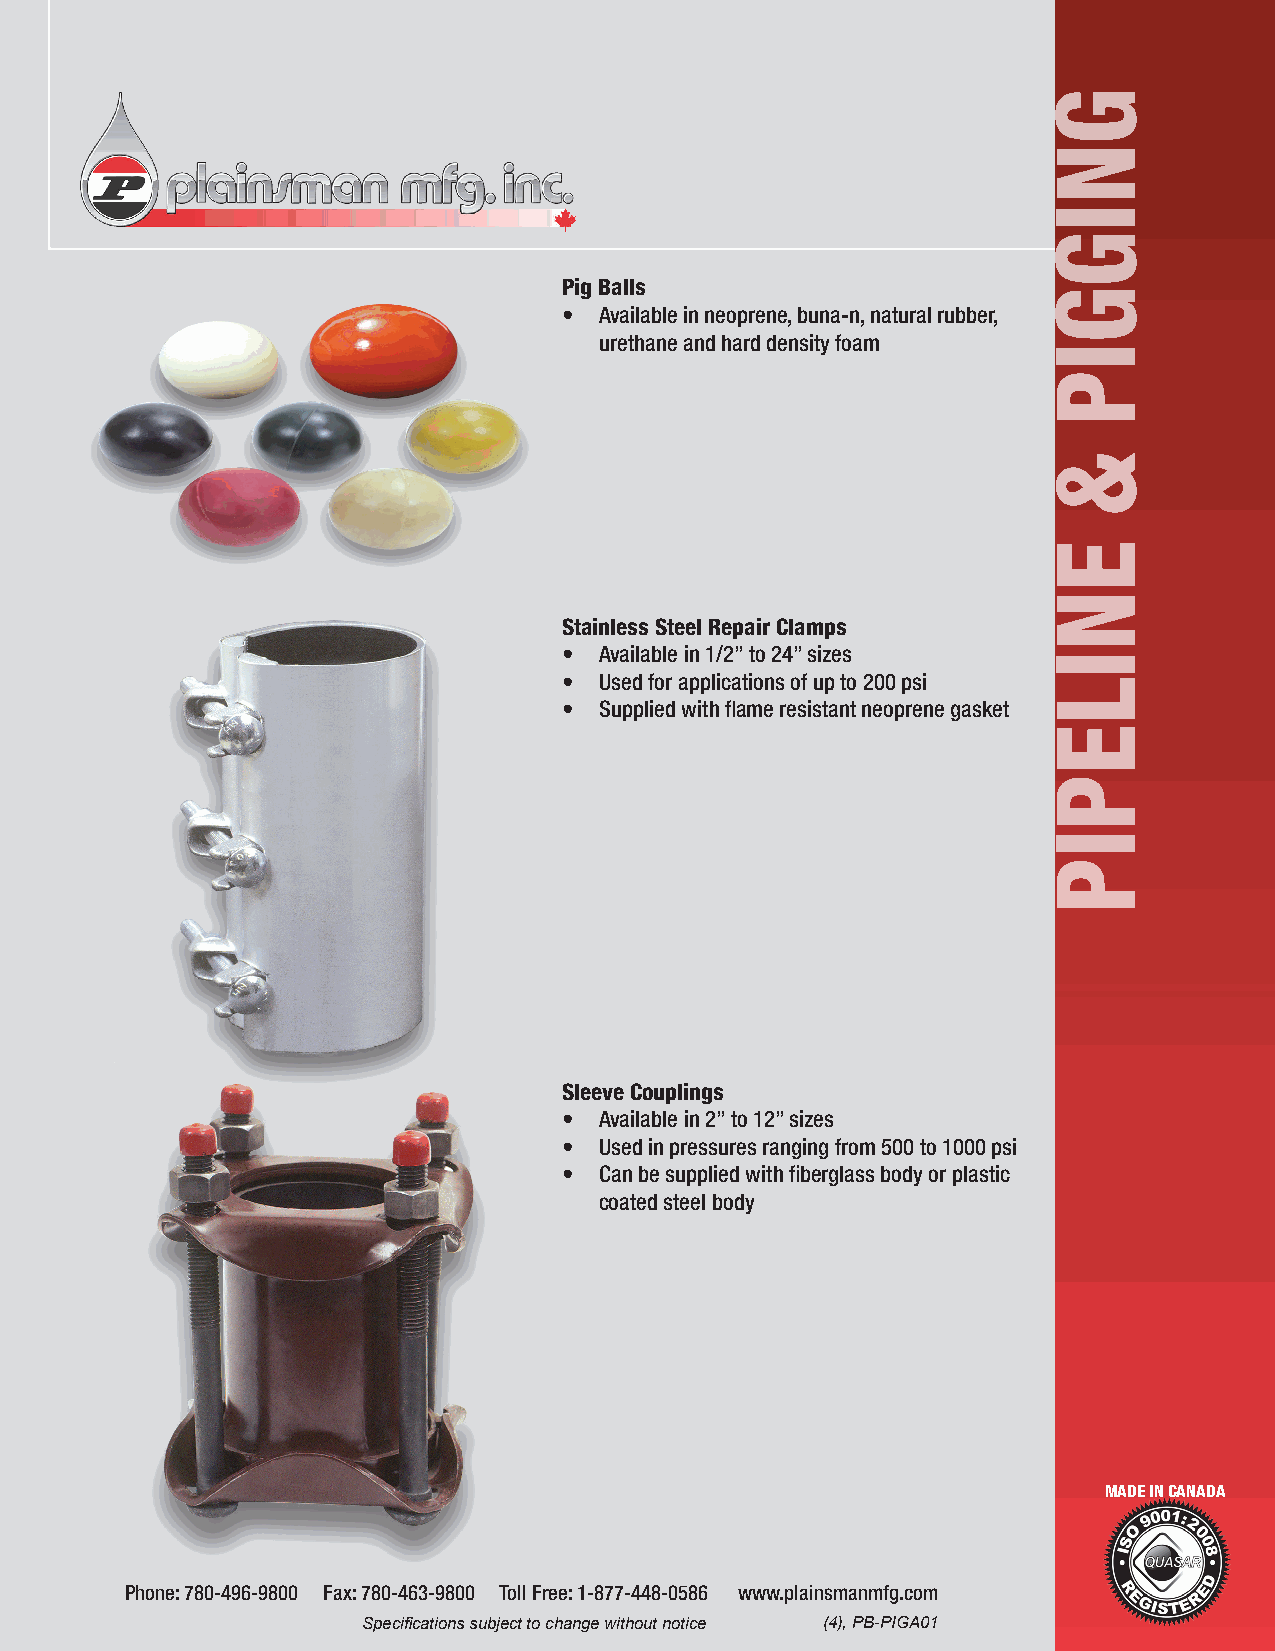
Pig Balls
 •  Available in neoprene, buna-n, natural rubber,
 urethane and hard density foam
 Stainless Steel Repair Clamps
 •  Available in 1/2” to 24” sizes
 •  Used for applications of up to 200 psi
 •  Supplied with flame resistant neoprene gasket
 Sleeve Couplings
 •  Available in 2” to 12” sizes
 •  Used in pressures ranging from 500 to 1000 psi
 •  Can be supplied with fiberglass body or plastic
 coated steel body
 MADE IN CANADA
 Phone: 780-496-9800 Fax: 780-463-9800 Toll Free: 1-877-448-0586 www.plainsmanmfg.com
 Specifications subject to change without notice (4), PB-PIGA01
 GNIGGIP
 &
 ENILEPIP